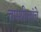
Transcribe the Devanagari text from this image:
तपशीलांचे